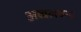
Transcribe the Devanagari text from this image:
अव्वलचन्द